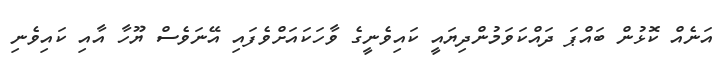
އަނެއް ކޮޅުން ބައްޕަ ދައްކަވަމުންދިޔައީ ކައިވެނީގެ ވާހަކައަށްވެފައި އޭނަވެސް ޔޫހާ އާއި ކައިވެނި